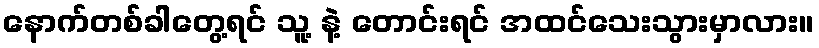
နောက်တစ်ခါတွေ့ရင် သူ့ နဲ့ တောင်းရင် အထင်သေးသွားမှာလား။